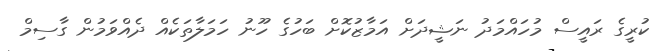
ކުރީގެ ރައީސް މުހައްމަދު ނަޝީދަށް އަމާޒުކޮށް ބަހުގެ ހޫނު ހަމަލާތަކެއް ދެއްވަމުން ގާސިމް